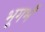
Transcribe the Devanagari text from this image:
भूगर्भं